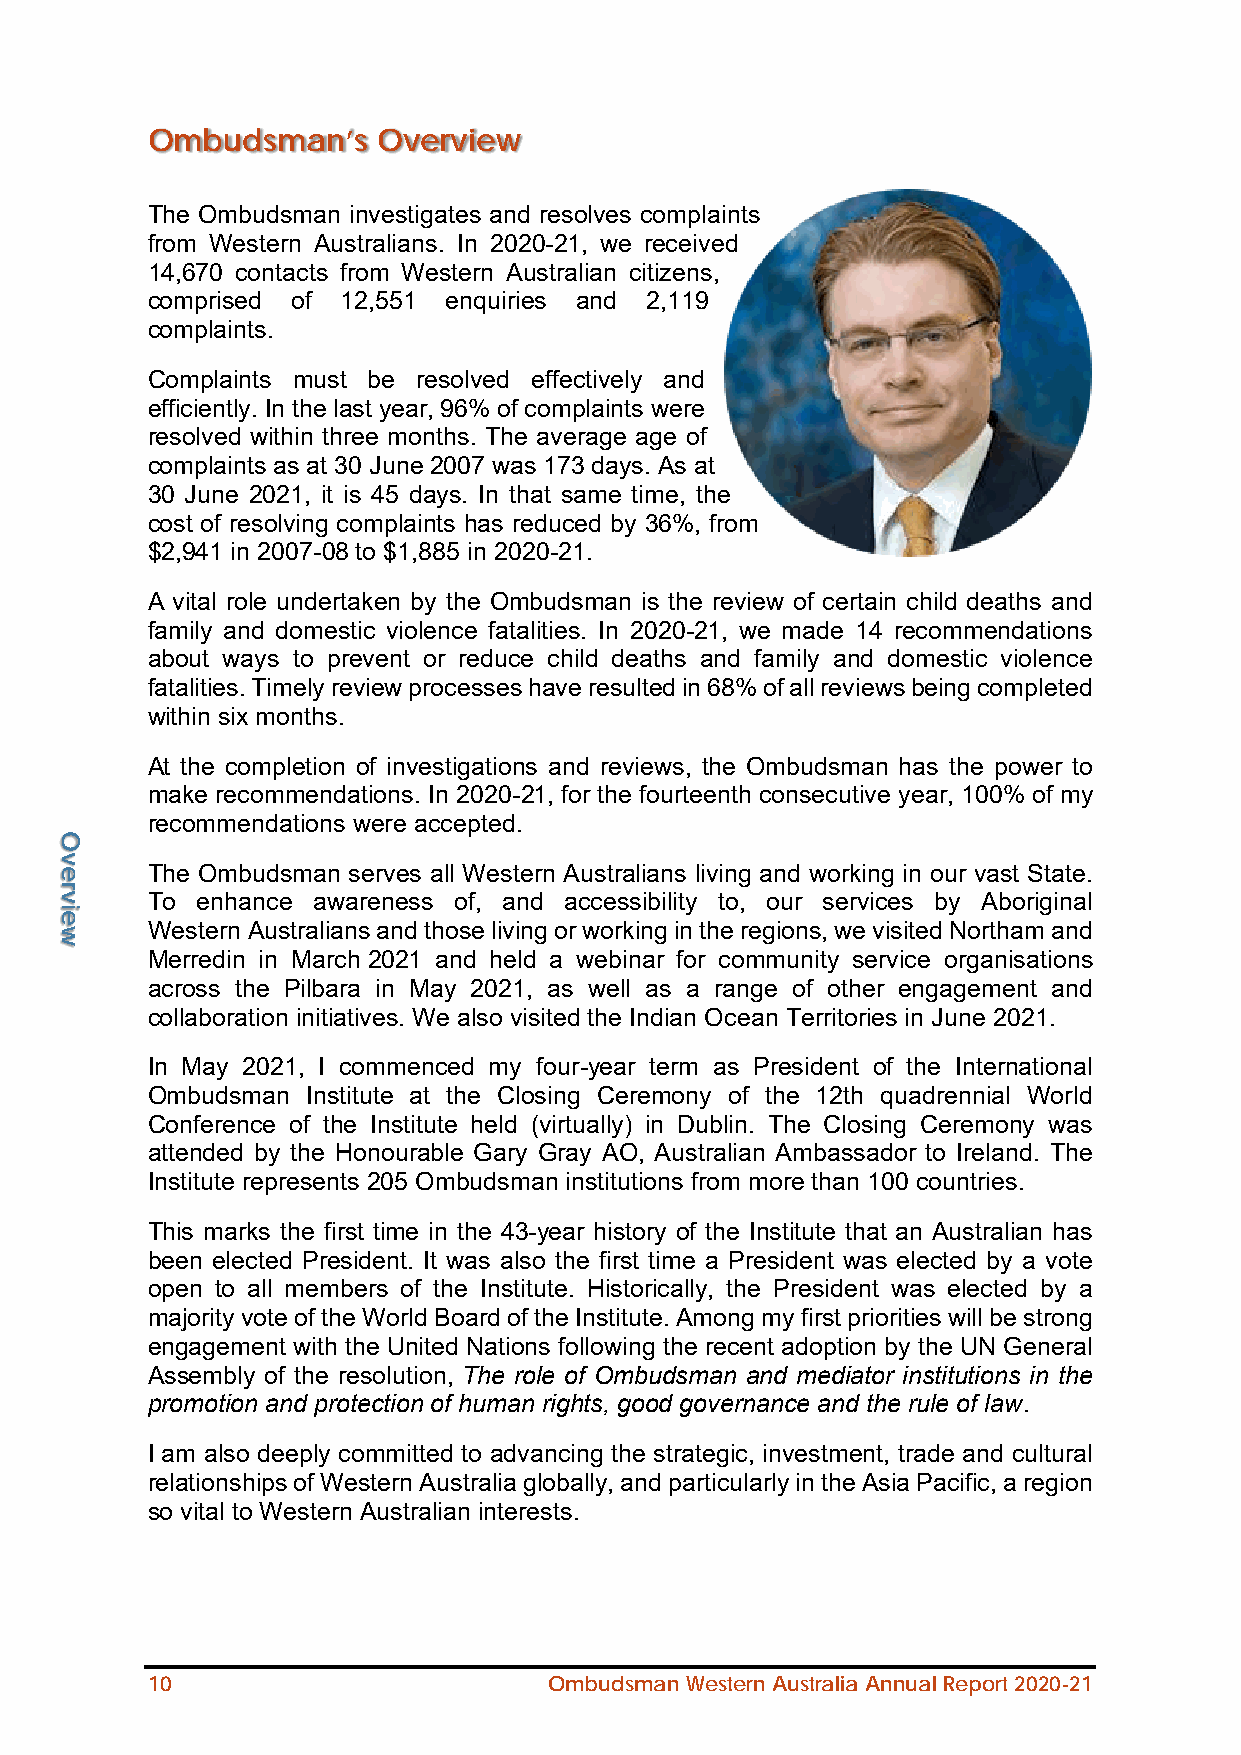
Ombudsman’s    Overview
 The Ombudsman investigates and resolves complaints
 from Western Australians. In 2020-21, we received
 14,670 contacts from Western Australian citizens,
 comprised of 12,551 enquiries and 2,119
 complaints.
 Complaints must be resolved effectively and
 efficiently. In the last year, 96% of complaints were
 resolved within three months. The average age of
 complaints as at 30 June 2007 was 173 days. As at
 30 June 2021, it is 45 days. In that same time, the
 cost of resolving complaints has reduced by 36%, from
 $2,941 in 2007-08 to $1,885 in 2020-21.
 A vital role undertaken by the Ombudsman is the review of certain child deaths and
 family and domestic violence fatalities. In 2020-21, we made 14 recommendations
 about ways to prevent or reduce child deaths and family and domestic violence
 fatalities. Timely review processes have resulted in 68% of all reviews being completed
 within six months.
 At the completion of investigations and reviews, the Ombudsman has the power to
 make recommendations. In 2020-21, for the fourteenth consecutive year, 100% of my
 recommendations were accepted.
 The Ombudsman serves all Western Australians living and working in our vast State.
 To enhance awareness of, and accessibility to, our services by Aboriginal
 Western Australians and those living or working in the regions, we visited Northam and
 Merredin in March 2021 and held a webinar for community service organisations
 across the Pilbara in May 2021, as well as a range of other engagement and
 collaboration initiatives. We also visited the Indian Ocean Territories in June 2021.
 In May 2021, I commenced my four-year term as President of the International
 Ombudsman Institute at the Closing Ceremony of the 12th quadrennial World
 Conference of the Institute held (virtually) in Dublin. The Closing Ceremony was
 attended by the Honourable Gary Gray AO, Australian Ambassador to Ireland. The
 Institute represents 205 Ombudsman institutions from more than 100 countries.
 This marks the first time in the 43-year history of the Institute that an Australian has
 been elected President. It was also the first time a President was elected by a vote
 open to all members of the Institute. Historically, the President was elected by a
 majority vote of the World Board of the Institute. Among my first priorities will be strong
 engagement with the United Nations following the recent adoption by the UN General
 Assembly of the resolution, The role of Ombudsman and mediator institutions in the
 promotion and protection of human rights, good governance and the rule of law.
 I am also deeply committed to advancing the strategic, investment, trade and cultural
 relationships of Western Australia globally, and particularly in the Asia Pacific, a region
 so vital to Western Australian interests.
 10                        Ombudsman Western Australia Annual Report 2020-21
 Overview